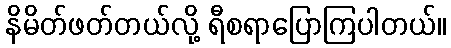
နိမိတ်ဖတ်တယ်လို့ ရီစရာပြောကြပါတယ်။